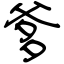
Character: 爹